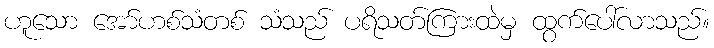
ဟူသော အော်ဟစ်သံတစ် သံသည် ပရိသတ်ကြားထဲမှ ထွက်ပေါ်လာသည်။